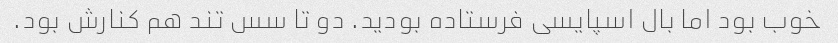
خوب بود اما بال اسپایسی فرستاده بودید. دو تا سس تند هم کنارش بود.